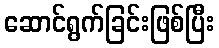
ဆောင်ရွက်ခြင်းဖြစ်ပြီး